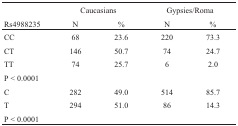
<table><thead><tr><td></td><td colspan="2"><b>Caucasians</b></td><td colspan="2"><b>Gypsies/Roma</b></td></tr><tr><td><b>Rs4988235</b></td><td><b>N</b></td><td><b>%</b></td><td><b>N</b></td><td><b>%</b></td></tr></thead><tbody><tr><td>CC</td><td>68</td><td>23.6</td><td>220</td><td>73.3</td></tr><tr><td>CT</td><td>146</td><td>50.7</td><td>74</td><td>24.7</td></tr><tr><td>TT</td><td>74</td><td>25.7</td><td>6</td><td>2.0</td></tr><tr><td>P &lt; 0.0001</td><td></td><td></td><td></td><td></td></tr><tr><td>C</td><td>282</td><td>49.0</td><td>514</td><td>85.7</td></tr><tr><td>T</td><td>294</td><td>51.0</td><td>86</td><td>14.3</td></tr><tr><td>P &lt; 0.0001</td><td></td><td></td><td></td><td></td></tr></tbody></table>